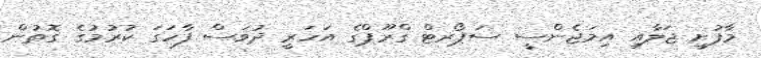
މާފުށީ ޖަލާއި އިމަޖެންސީ ސަޕޯރޓް ގްރޫޕްގެ އަހަރީ ދުވަސް ފާހަގަ ކުރުމުގެ ގޮތުން